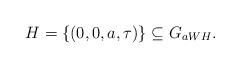
LaTeX: \begin{align*}H = \{ (0,0,a,\tau) \} \subseteq G_{aWH}.\end{align*}